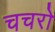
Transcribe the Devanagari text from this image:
चचरो